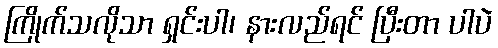
ကြိုက်သလိုသာ ရှင်းပါ၊ နားလည်ရင် ပြီးတာ ပါပဲ